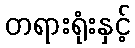
တရားရုံးနှင့်